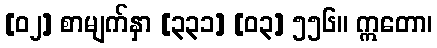
[၀၂] စာမျက်နှာ [၃၃၁] [၀၃] ၅၅၆။ ဣတော၊